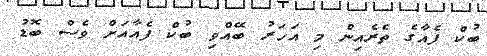
ބުކް ފެއާގެ ތެރެއިން މި އަހަރު ބޭއްވި ބުކް ފެއާއަށް ވެސް ބޮޑު